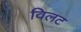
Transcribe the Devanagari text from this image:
विलट